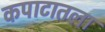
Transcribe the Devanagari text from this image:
कपाटातला